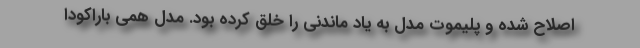
اصلاح شده و پلیموت مدل به یاد ماندنی را خلق کرده بود. مدل همی باراکودا